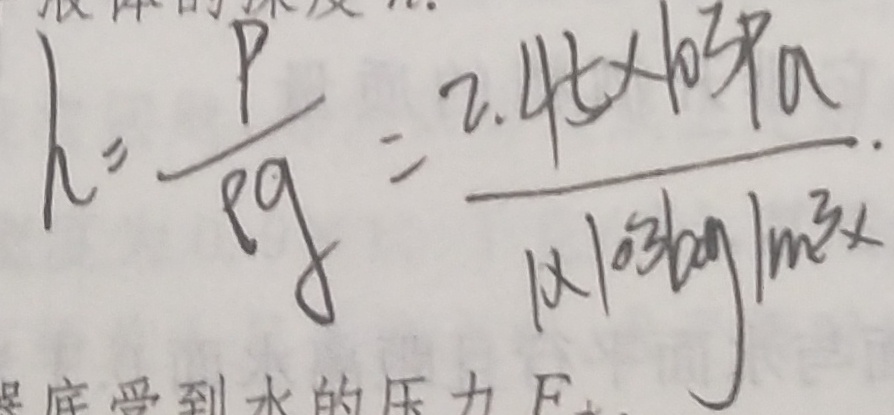
h = \frac { P } { \rho g } = \frac { 2 . 4 5 \times 1 0 ^ { 3 } P a } { 1 \times 1 0 ^ { 3 } k g / m ^ { 3 } }